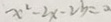
x ^ { 2 } - 2 x - 2 b = 0